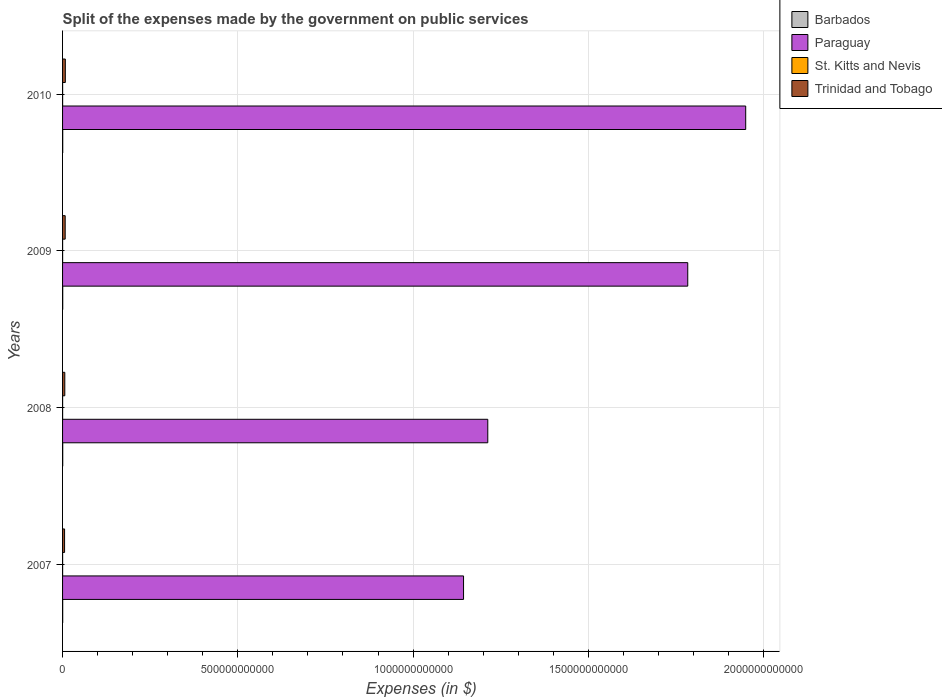
| Years | Barbados | Paraguay | St. Kitts and Nevis | Trinidad and Tobago |
 | --- | --- | --- | --- | --- |
 | 2007 | 3.67e+08 | 1.14e+12 | 1.4e+08 | 5.72e+09 |
 | 2008 | 4.35e+08 | 1.21e+12 | 1.37e+08 | 6.37e+09 |
 | 2009 | 4.44e+08 | 1.78e+12 | 1.29e+08 | 7.48e+09 |
 | 2010 | 4.35e+08 | 1.95e+12 | 1.18e+08 | 7.89e+09 |